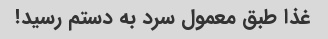
غذا طبق معمول سرد به دستم رسید!